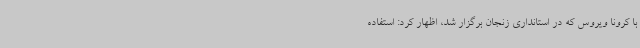
با کرونا ویروس که در استانداری زنجان برگزار شد، اظهار کرد: استفاده